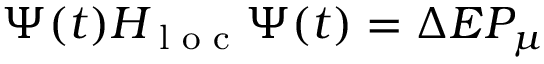
\Psi ( t ) H _ { \textrm { l o c } } \Psi ( t ) = \Delta E P _ { \mu }